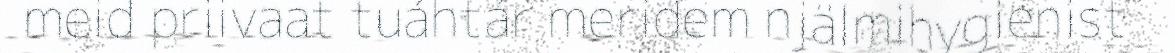
meid priivaat tuáhtár meridem njälmihygienist